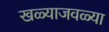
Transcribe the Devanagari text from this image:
खळ्याजवळ्या